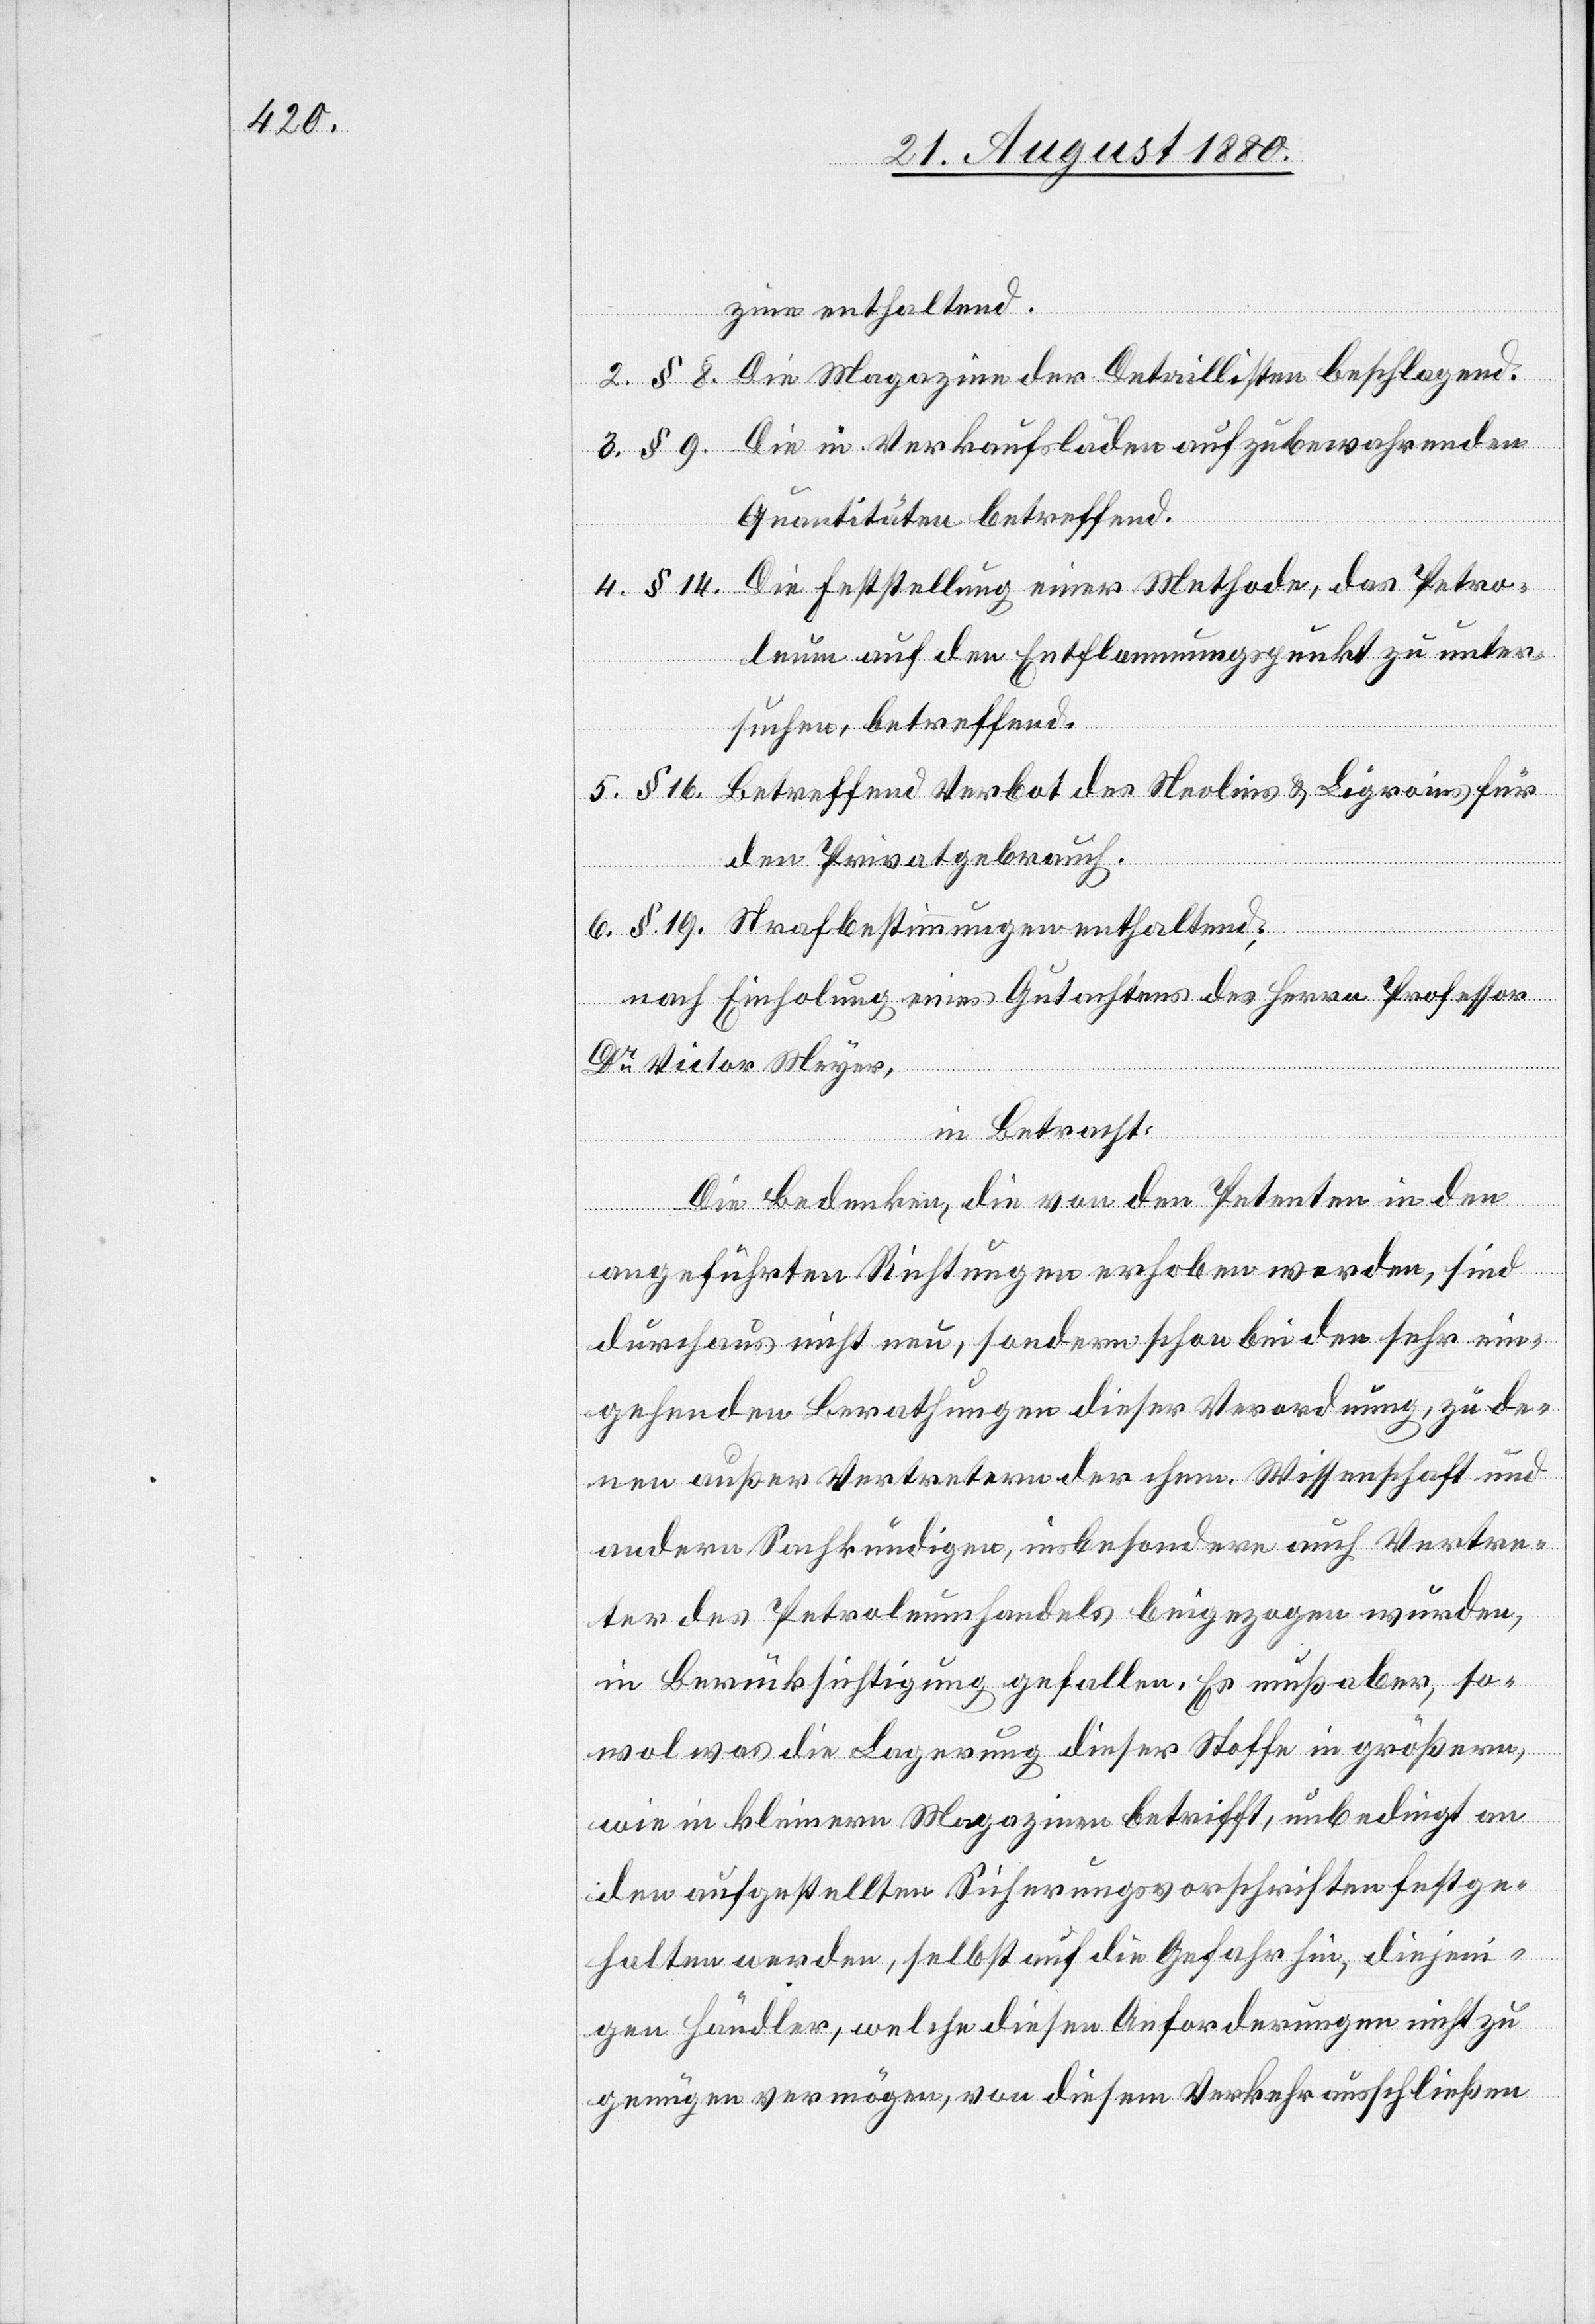
zine enthaltend.
2. § 8. Die Magazine der Detaillisten beschlagend.
3. § 9. Die in Verkaufsläden aufzubewahrenden
Quantitäten betreffend.
Die Feststellung einer Methode, das Petro¬
4. § 14.
leum auf den Entflammungspunkt zu unter¬
suchen, betreffend.
5. § 16. Betreffend Verbot des Neolins & Ligroins für
den Privatgebrauch.
6. § 19. Strafbestimmungen enthaltend;
nach Einholung eines Gutachtens des Herrn Professor
Dr Victor Meyer,
in Betracht:
Die Bedenken, die von den Petenten in den
angeführten Richtungen erhoben worden, sind
durchaus nicht neu, sondern schon bei der sehr ein¬
gehenden Berathungen dieser Verordnung, zu de¬
nen außer Vertretern der chem. Wissenschaft und
andern Sachkundigen, insbesondere auch Vertre¬
ter des Petroleumhandels beigezogen wurden,
in Berücksichtigung gefallen. Es muß aber, so¬
wol was die Lagerung dieser Stoffe in größeren,
wie in kleineren Magazinen betrifft, unbedingt an
den aufgestellten Sicherungsvorschriften festge¬
halten werden, selbst auf die Gefahr hin, diejeni¬
gen Händler, welche diesen Anforderungen nicht zu
genügen vermögen, von diesem Verkehr ausschließen